Tezpur Lunatic Asylum reports 1877-1894 - 1877-1894
Year: 1877
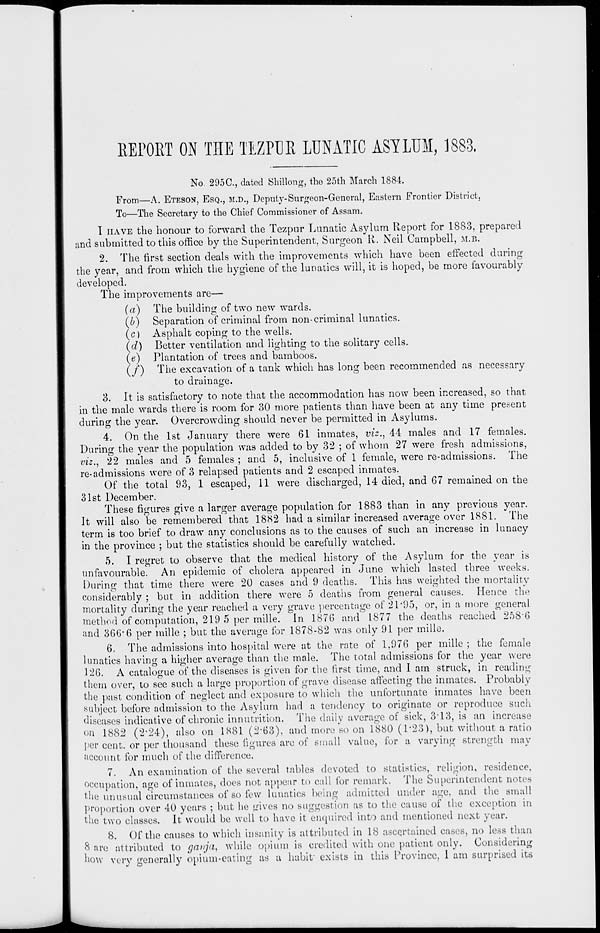
REPORT ON THE TEZPER LUNATIC ASYLUM, 1883.
No. 295C, dated Shillong, the 25th March 1884.
From—A. ETESON, ESQ., M.D., Deputy-Surgeon-General, Eastern Frontier District,
To—The Secretary to the Chief Commissioner of Assam.
I HAVE the honour to forward the Tezpur Lunatic Asylum Report for 1883, prepared
and submitted to this office by the Superintendent, Surgeon R. Neil Campbell, M.B.
2. The first section deals with the improvements which have been effected during
the year, and from which the hygiene of the lunatics will, it is hoped, be more favourably
developed.
The improvements are—
(a) The building of two new wards.
(&) Separation of criminal from non-criminal lunatics,
(c) Asphalt coping to the wells.
(ci) Better ventilation and lighting to the solitary cells.
(e) Plantation of trees and bamboos.
(/) The excavation of a tank which has long been recommended as necessary
to drainage.
3. It is satisfactory to note that the accommodation has now been increased, so that
in the male wards there is room for 30 more patients than have been at any time present
during the year. Overcrowding should never be permitted in Asylums.
4. On the 1st January there were 61 inmates, viz., 44 males and 17 females.
During the year the population was added to by 32 ; of whom 27 were fresh admissions,
viz., 22 males and 5 females ; and 5, inclusive of 1 female, were re-admissions. The
re-admissions were of 3 relapsed patients and 2 escaped inmates.
Of the total 93, 1 escaped, 11 were discharged, 14 died, and 67 remained on the
31st December.
These figures give a larger average population for 1883 than in any previous year.
It will also be remembered that 1882 had a similar increased average over 1881. The
term is too brief to draw any conclusions as to the causes of such an increase in lunacy
in the province ; but the statistics should be carefully watched.
5. I regret to observe that the medical history of the Asylum for the year is
unfavourable. An epidemic of cholera appeared in June which lasted three weeks.
During that time there were 20 cases and 9 deaths. This has weighted the mortality
considerably ; but in addition there were 5 deaths from general causes. Hence the
mortality during the year readied a very grave percentage of 21'95, or, in a more general
method of computation, 219 5 per mille. In 1876 and 1877 the deaths reached 258-6
and 366'6 per mille ; but the average for 1878-82 was only 91 per mille.
6. The admissions into hospital were at the rate of 1,976 per mille ; the female
lunatics having a higher average than the male. The total admissions for the year were
126. A catalogue of the diseases is given for the first time, and I am struck, in reading
them over, to see such a large proportion of grave disease affecting the inmates. Probably
the past condition of neglect and exposure to which the unfortunate inmates have been
subject before admission to the Asylum had a tendency to originate or reproduce such
diseases indicative of chronic innutrition. The daily average of sick, 3T3, is an increase
on 1882 (2*24), also on 1881 (2-63), and more so on 1880 (1-23), but without a ratio
per cent, or per thousand these figures are of small value, for a varying strength may
iiccount for much of the difference.
7. An examination of the several tables devoted to statistics, religion, residence,
occupation, age of inmates, does not appear to call for remark. The Superintendent notes
the unusual circumstances of so few lunatics being admitted under age, and the small
proportion over 40 years ; but he gives no suggestion as to the cause of the exception in
the two classes. It would be well to have it enquired into and mentioned next year.
8. Of the causes to which insanity is attributed in 18 ascertained cases, no less than
8 are attributed to gavja, while opium is credited with one patient only. Considering
how very generally opium-eating as a habit' exists in this Province, 1 am surprised its